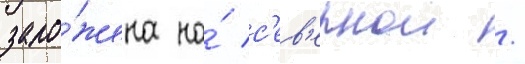
зало́жена на́ с'ев'ернои /